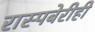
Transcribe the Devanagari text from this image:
रास्पबेरीही